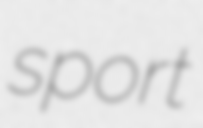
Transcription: sport